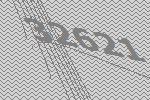
32621